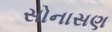
સોનાસણ